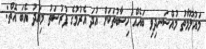
މައުލޫމާތު މުއްސަނދިވި ބައެއް ހިސާބުތަކަށް އުދަ އެރުމުގެ ފުރުސަތު މިއަދު އެބަ އޮތް: